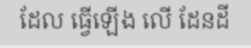
ដែល ធ្វើឡើង លើ ដែនដី